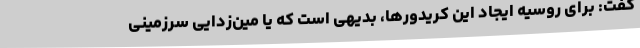
گفت: برای روسیه ایجاد این کریدورها، بدیهی است که یا مین‌زدایی سرزمینی